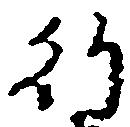
行